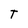
Character: T